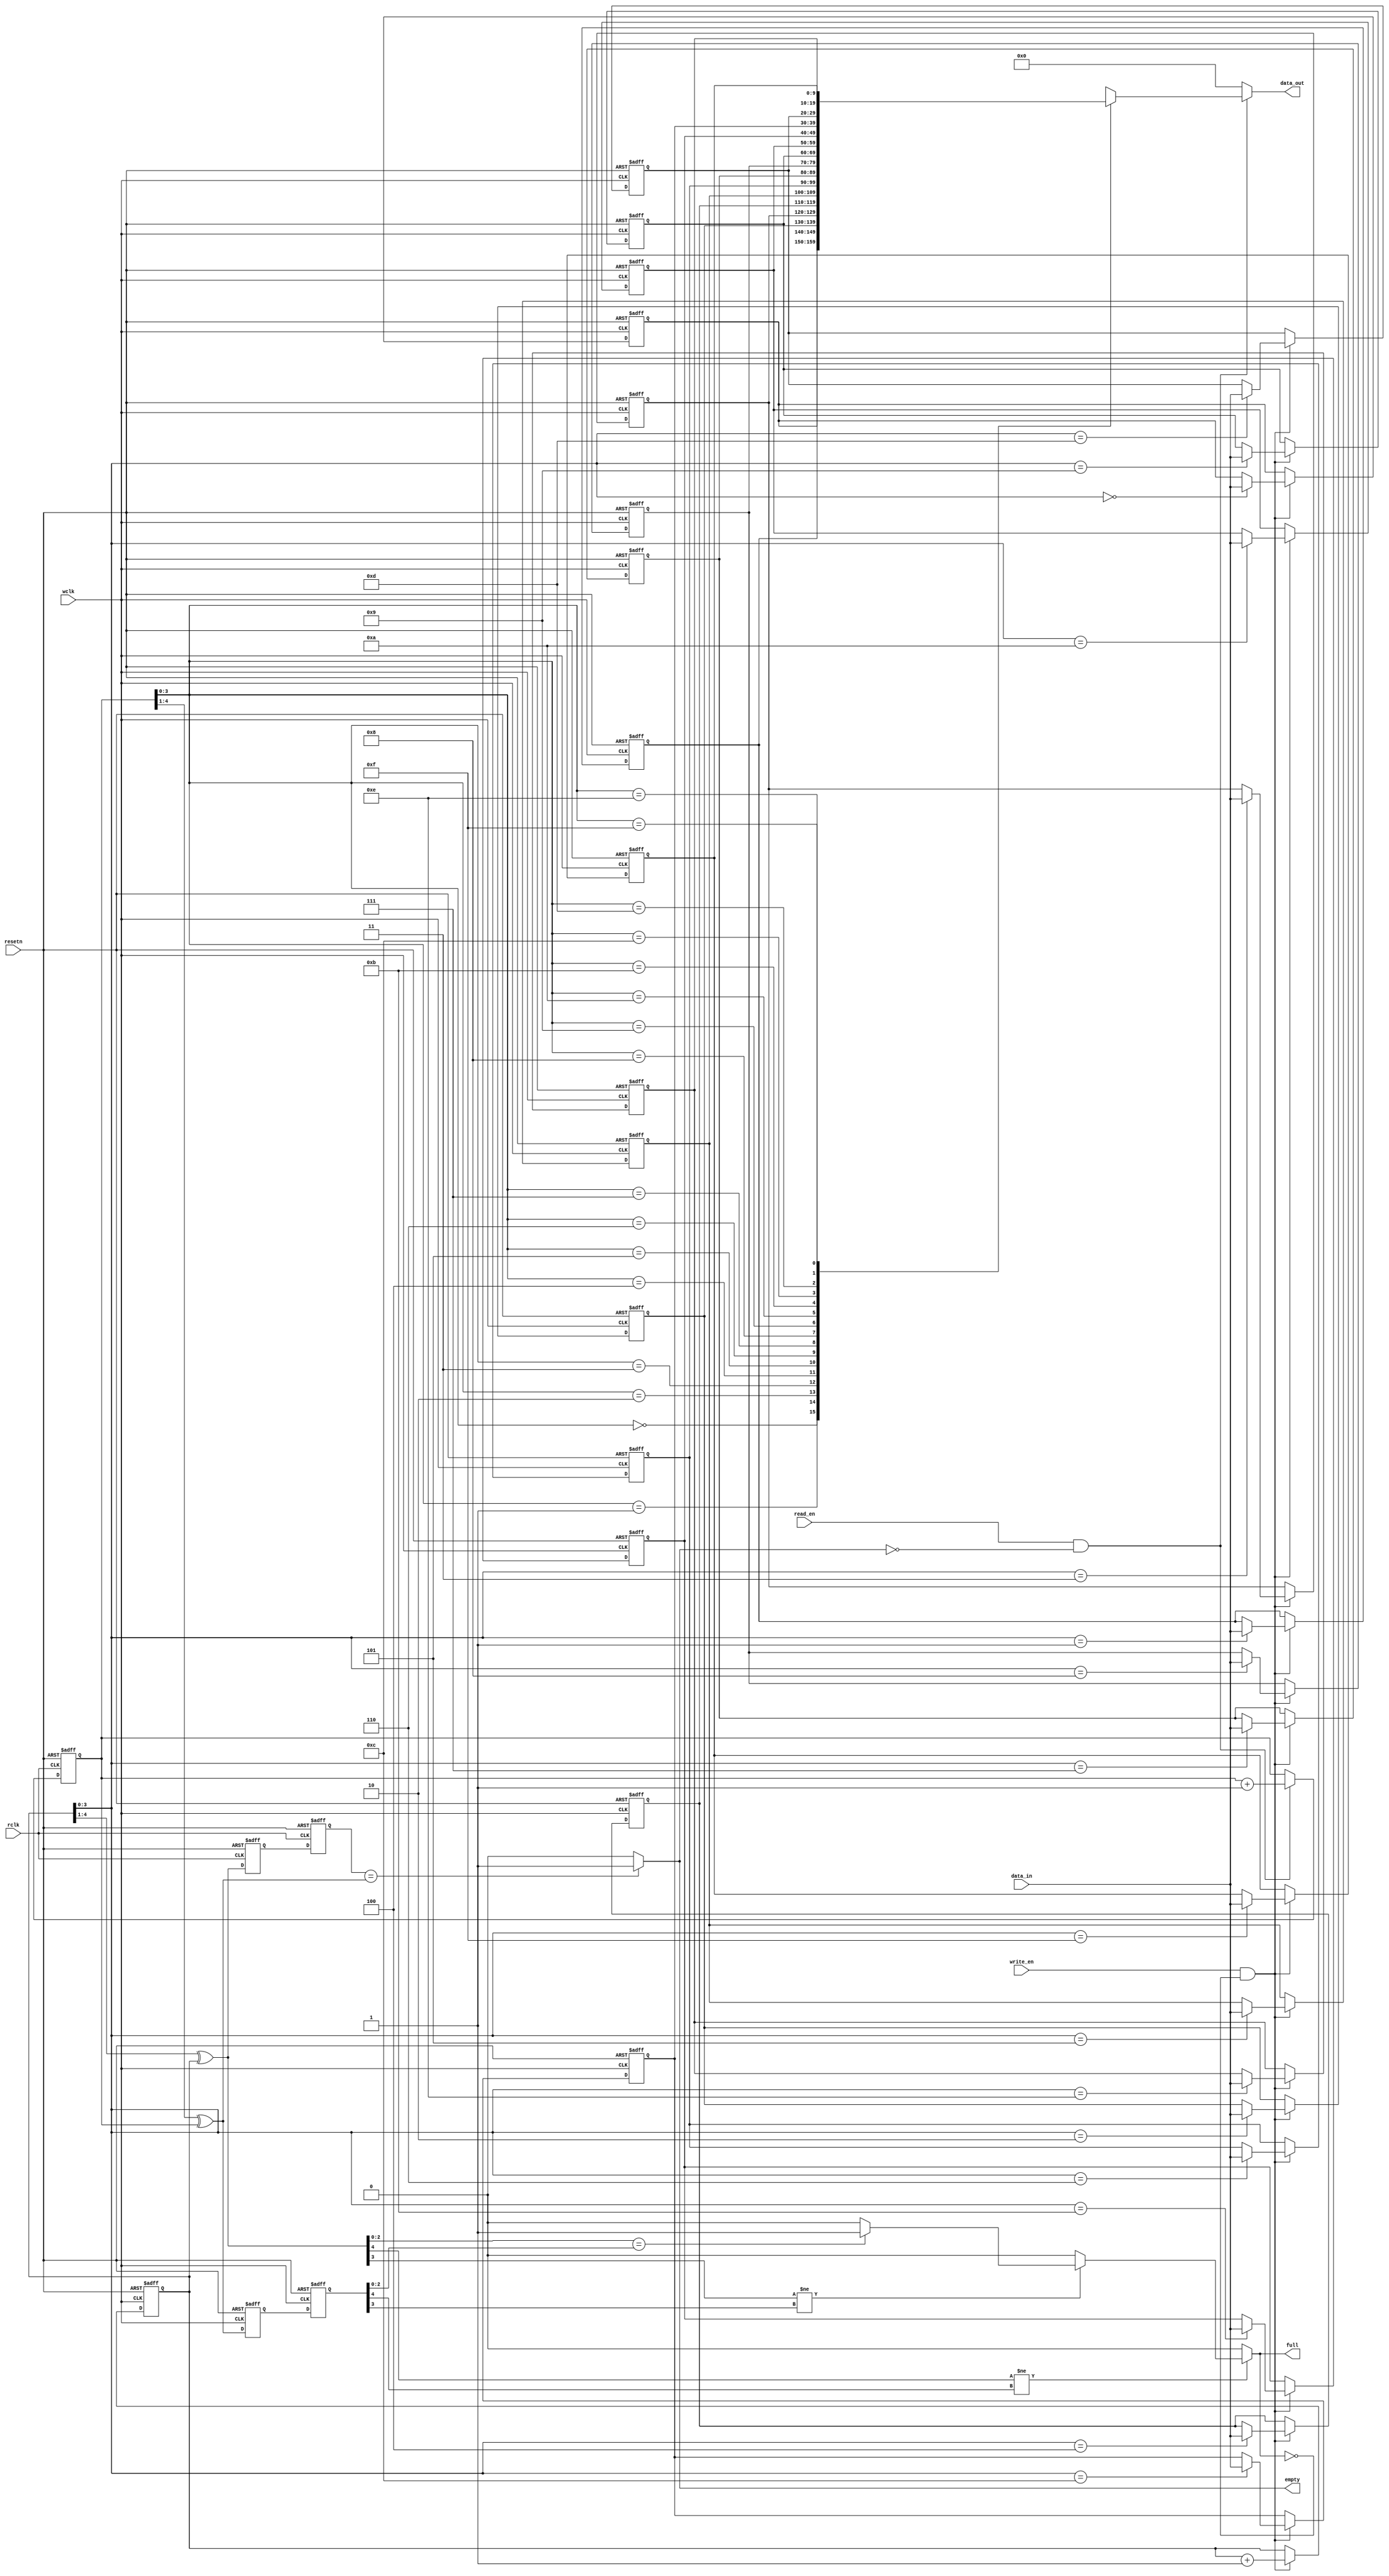
module id_resp_fifo(
    input                   	wclk,
    input                   	rclk,
    input                   	resetn,
    input       [9:0]	      	data_in,
    input                   	write_en,
    input                   	read_en,
    output      [9:0]	      	data_out,
    output                  	full,
    output                  	empty
);
    reg     	[9:0]        	ram[15:0];
    reg     	[4:0]        	write_addr_wclk;
    reg     	[4:0]        	read_addr_rclk;

    wire    	[4:0]        	write_addr_gray_wclk;
    reg     	[4:0]        	write_addr_gray_rclk0;
    reg     	[4:0]        	write_addr_gray_rclk1;

    wire    	[4:0]        	read_addr_gray_rclk;
    reg     	[4:0]        	read_addr_gray_wclk0;
    reg     	[4:0]        	read_addr_gray_wclk1;

    always@(posedge wclk or negedge resetn)//write addr wclk operation
        if(!resetn)
            write_addr_wclk <= 5'b0;
        else if(write_en == 1'b1 && full != 1'b1)
            write_addr_wclk <= write_addr_wclk + 1'b1;
        else
            write_addr_wclk <= write_addr_wclk;
    
    always@(posedge rclk or negedge resetn)//read addr read operation
        if(!resetn)
            read_addr_rclk <= 5'b0;
        else if(read_en == 1'b1 && empty != 1'b1)
            read_addr_rclk <= read_addr_rclk + 1'b1;
        else
            read_addr_rclk <= read_addr_rclk;
    
    always@(posedge wclk or negedge resetn)//sync
        if(!resetn)begin
            read_addr_gray_wclk0 <= 5'b0;
            read_addr_gray_wclk1 <= 5'b0;
        end
        else begin
            read_addr_gray_wclk0 <= read_addr_gray_rclk;
            read_addr_gray_wclk1 <= read_addr_gray_wclk0;
        end
    
    always@(posedge rclk or negedge resetn)//sync
        if(!resetn)begin
            write_addr_gray_rclk0 <= 5'b0;
            write_addr_gray_rclk1 <= 5'b0;
        end
        else begin
            write_addr_gray_rclk0 <= write_addr_gray_wclk;
            write_addr_gray_rclk1 <= write_addr_gray_rclk0;
        end

    always@(posedge wclk or negedge resetn)//data out
		if(!resetn)begin
			ram[0] <= 10'b0;
			ram[1] <= 10'b0;
			ram[2] <= 10'b0;
			ram[3] <= 10'b0;
			ram[4] <= 10'b0;
			ram[5] <= 10'b0;
			ram[6] <= 10'b0;
			ram[7] <= 10'b0;
			ram[8] <= 10'b0;
			ram[9] <= 10'b0;
			ram[10] <= 10'b0;
			ram[11] <= 10'b0;
			ram[12] <= 10'b0;
			ram[13] <= 10'b0;
			ram[14] <= 10'b0;
			ram[15] <= 10'b0;
		end
        else if(full == 1'b0 && write_en == 1'b1)
            ram[write_addr_wclk[3:0]] <= data_in;


    assign full = (write_addr_gray_wclk[4] != read_addr_gray_wclk1[4])?
                  (write_addr_gray_wclk[3] != read_addr_gray_wclk1[3])?
                  (write_addr_gray_wclk[2:0] == read_addr_gray_wclk1[2:0])?1'b1:1'b0:1'b0:1'b0;
    assign empty = (write_addr_gray_rclk1 == read_addr_gray_rclk)?1'b1:1'b0;
    
	assign data_out = ((read_en == 1'b1) && (empty != 1'b1))?ram[read_addr_rclk[3:0]]:31'b0;
    
	assign write_addr_gray_wclk = (write_addr_wclk>>1)^write_addr_wclk;
    assign read_addr_gray_rclk = (read_addr_rclk>>1)^read_addr_rclk;

endmodule